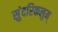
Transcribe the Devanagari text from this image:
सुंदरिकलुम्